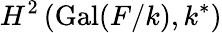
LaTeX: H^{2}\left(\operatorname{Gal}(F/k),k^{*}\right)